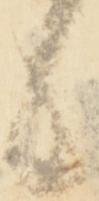
候